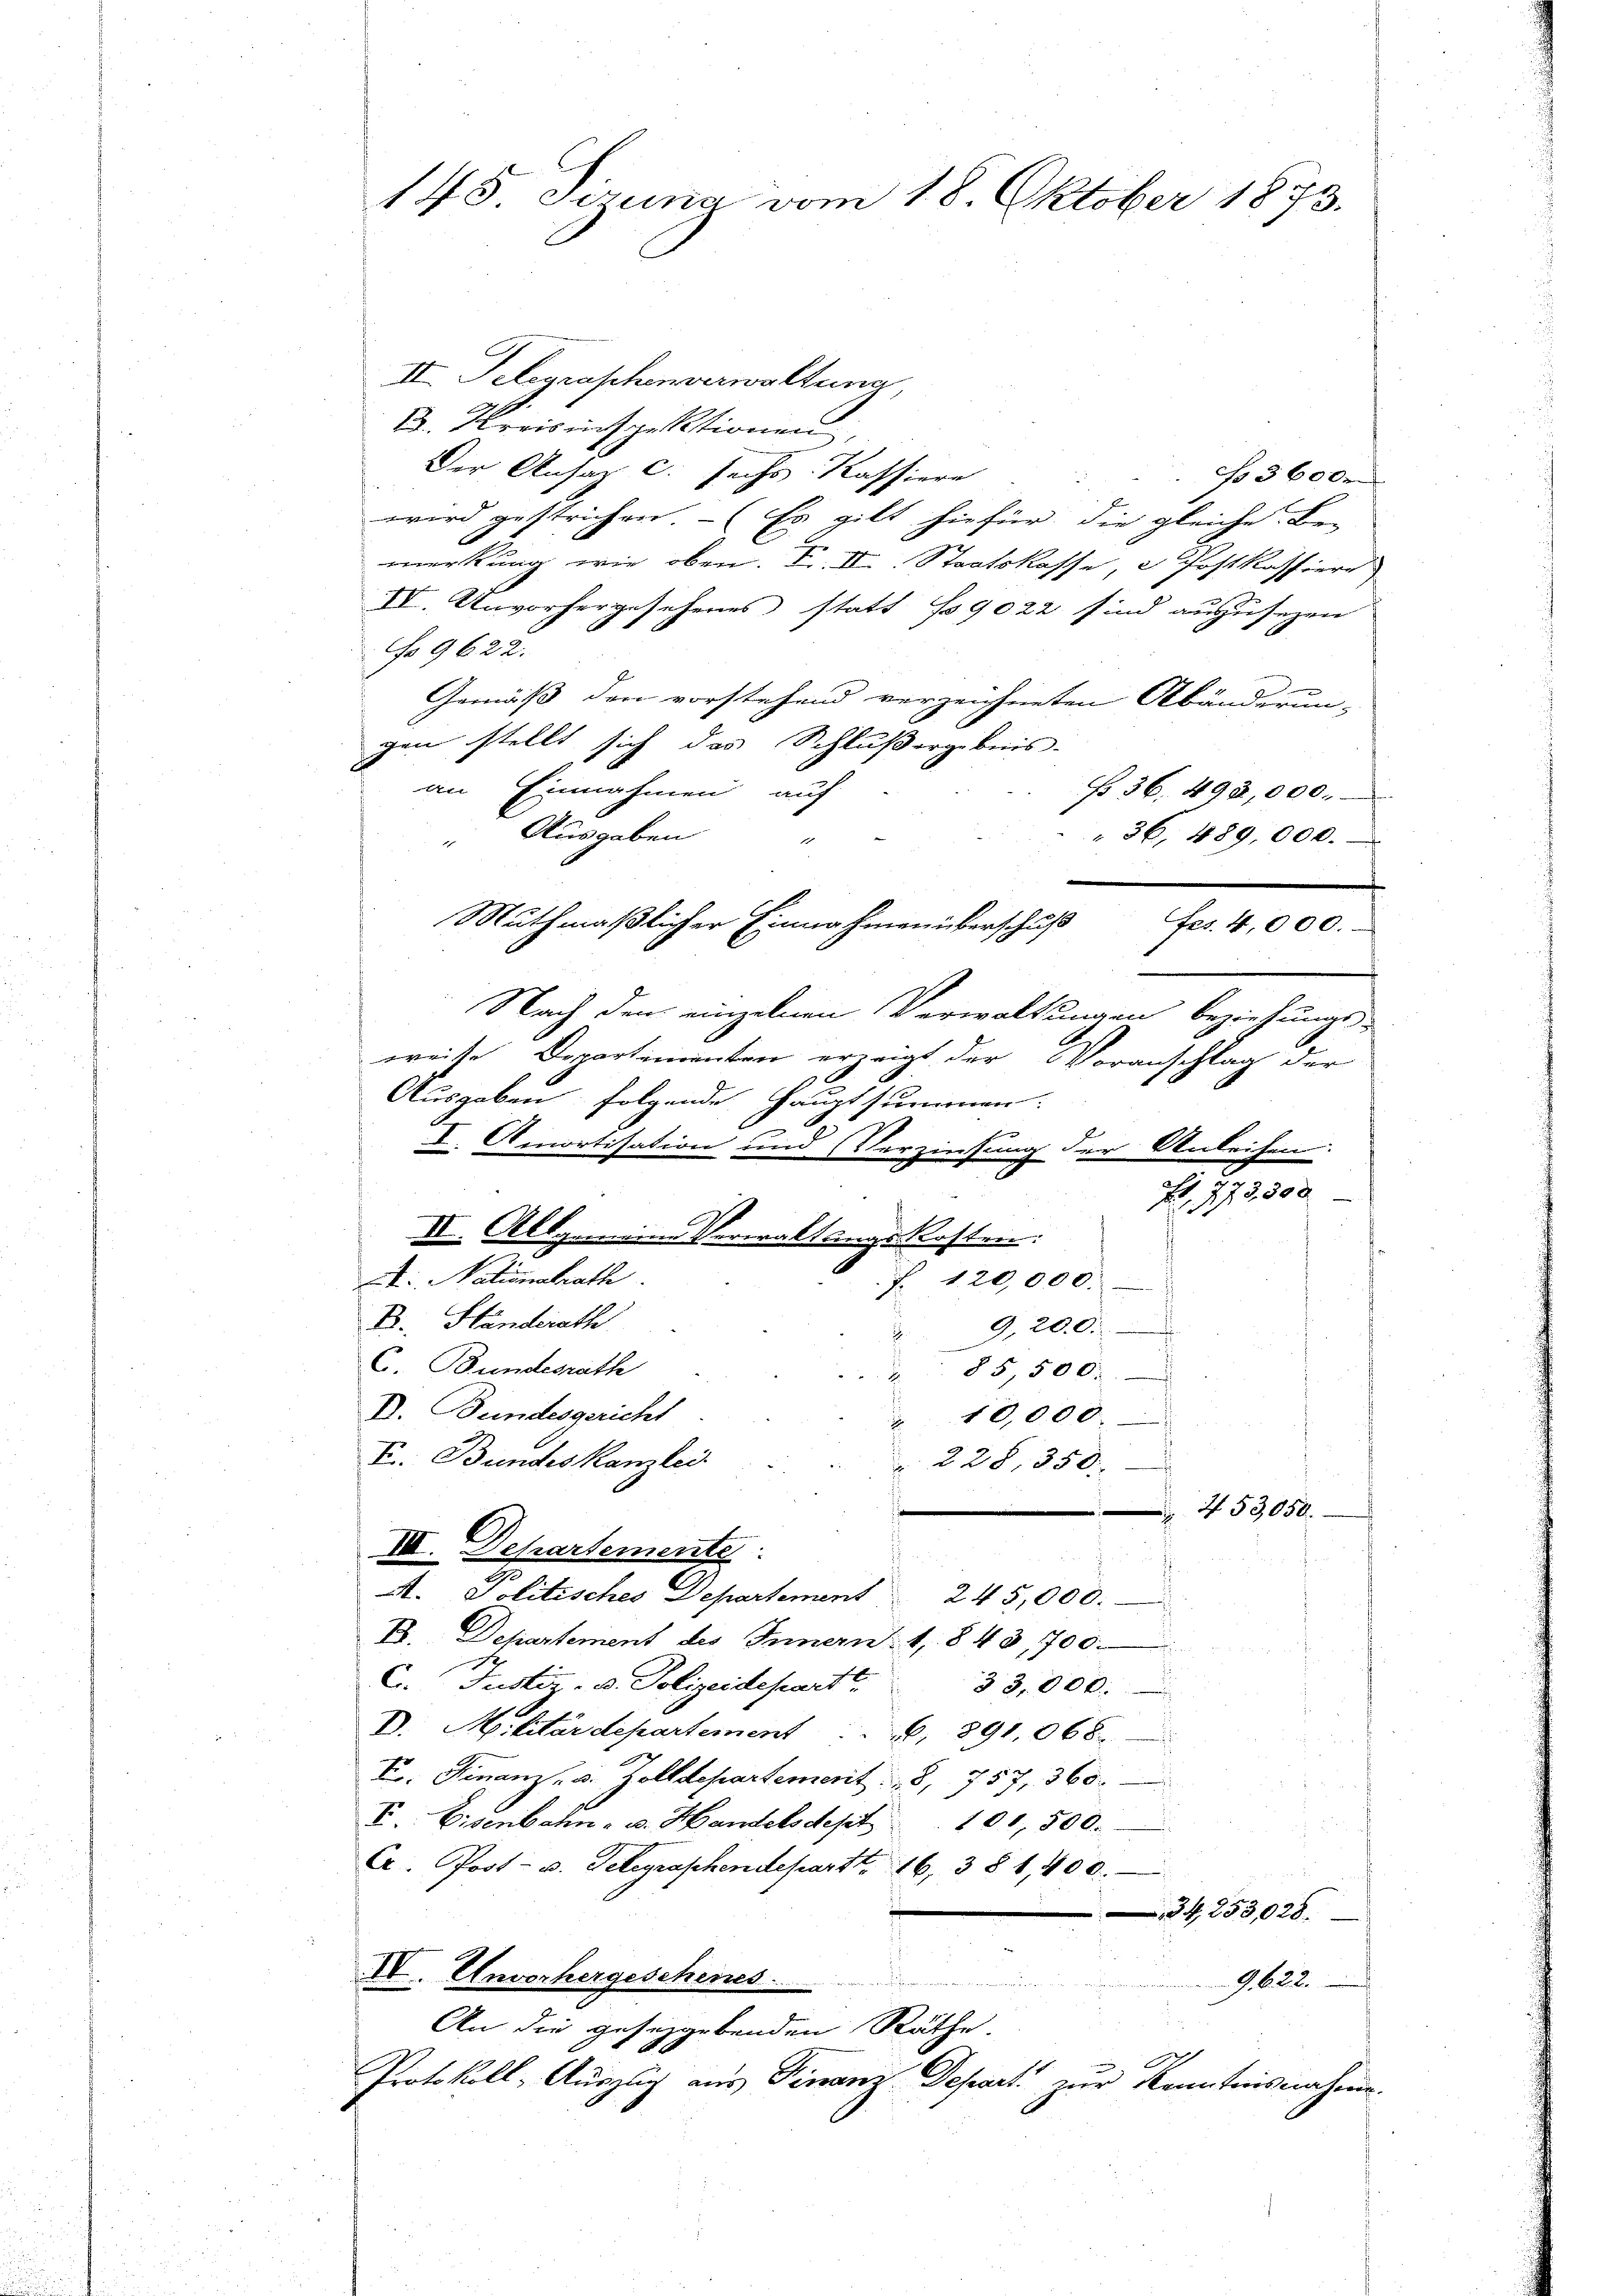
II. Telegraphenverwaltung,
D. Kreisinspektionen,
Der Ansaz c. sechs Kassiere
No 3600.
wird gestrichen – (Es gilt hiefür die gleiche Be- |
merkung wie oben. F. II. Staatskasse, 2 Postkassiere
IV. Unvorhergesehenes statt No 9022 sind auszusehen
No 9622.
e
Gemäß den vorstehend verzeichneten Abänderun-
gen stellt sich das Schlußergebnis-
an Einnahmen auf
No 36. 498,000.
" Ausgaben
" 36, 489,000.

Muthmaßlicher Einnahmen überschuß
Fes. 4,000.
Nach den einzelnen Verwaltungen beziehungs-
weise Departementen erzeigt der Voranschlag der
Ausgaben folgende Hauptsummen:
E
I. Amortisation und Verzinsung der Anleihen.
, 773. 500
t: Nationalrath
 . 120,000.
D. Standerath
9. 20.0
J.
C. Bundesrath
85,500.
D. Bundesgericht
10,000
F. Bundeskanzlei.
 228, 350.
253050.
C
VIII. Separtemente
7
A. Politisches Departement  245,000.
B. Departement des Innern 1843,700.
6. Justiz- u. Polizeidepart.
33,000.
D. Militärdepartement . . . 891,068.
E. Finanz- u. Zolldepartement. 8, 757, 360.
E. Eisenbahn - u. Handelsdept. 101, 500.
C. Post- u. Telegraphendepart. 16, 381, 400.
34,253,028
IV. Unvorhergeschenes
hammen erstamen un
9,622.
An die geseggebenden Räthe
Protokoll-Auszlig aus Finanz-Depart zur Kenntnisnahme.

145 Tizuna vom 18. Oktober 1873.

II. Allgemeine Verwaltungs-Kosten: